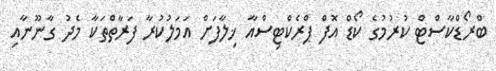
ބްރޯޑްކާސްޓް ކުރުމުގެ ކޯޑް އޮފް ޕްރެކްޓިސްއާ ޚިލާފަށް އަމަލުކުރާ ފަރާތްތަކާ މެދު ގާނޫނާއި